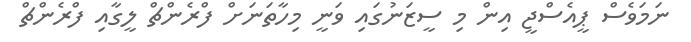
ނަމަވެސް ޕީއެސްޖީ އިން މި ސީޒަނުގައި ވަނީ މިހާތަނަށް ފްރެންޗް ލީގާއި ފްރެންޗް